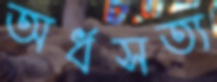
অর্ধসত্য